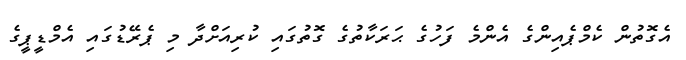
އެގޮތުން ކެމްޕެއިންގެ އެންމެ ފަހުގެ ޙަރަކާތުގެ ގޮތުގައި ކުރިއަށްދާ މި ޕެރޭޑުގައި އެމްޑީޕީގެ